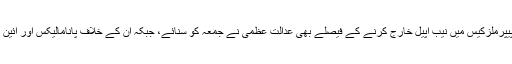
سابق وزیراعظم نواز شریف کے حق میں آنے والے طیارہ ہائی جیکنگ کیس ختم کرنے اورحدیبیہ پیپرملزکیس میں نیب اپیل خارج کرنے کے فیصلے بھی عدالت عظمی نے جمعہ کو سنائے، جبکہ ان کے خلاف پانامالیکس اور آئین کے آرٹیکل 62(1)(f) کے تحت نااہلی کی مدت کے حوالے سے مقدمات کا فیصلہ بھی جمعہ کوآیا۔